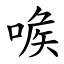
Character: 㗋